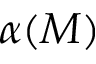
\alpha ( M )